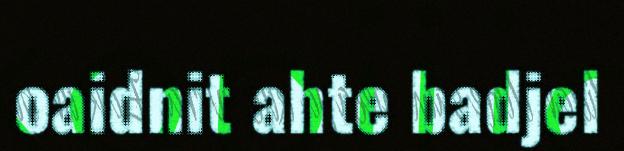
oaidnit ahte badjel